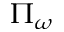
\Pi _ { \omega }